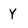
Character: Y